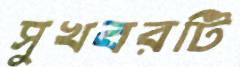
সুখবরটি